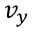
v _ { y }